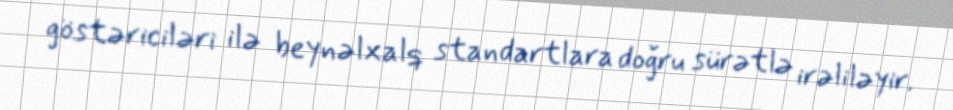
göstəriciləri ilə beynəlxalq standartlara doğru sürətlə irəliləyir.